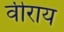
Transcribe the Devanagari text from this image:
वीराय